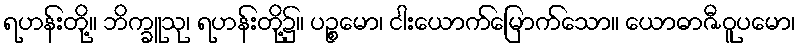
ရဟန်းတို့။ ဘိက္ခူသု၊ ရဟန်းတို့၌။ ပဉ္စမော၊ ငါးယောက်မြောက်သော။ ယောဓာဇီဝူပမော၊